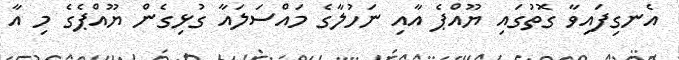
އެނގިފައިވާ ގޮތުގައި ޔޫއްޕެ އާއި ނަހުލާގެ މައްސަލައާ ގުޅިގެން ޔޫއްޕެގެ މި އާ